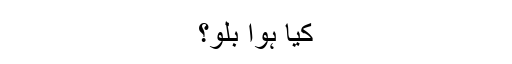
کیا ہوا بلو؟